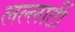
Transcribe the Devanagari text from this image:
लल्लाटीं